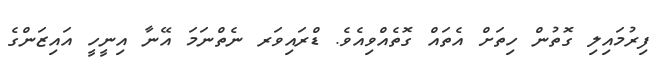
ފިރުމައިލި ގޮތުން ހިތަށް އެތައް ގޮތެއްވިއެވެ. ޑްރައިވަރ ނެތްނަމަ އޭނާ އިނީހީ އައިޒަންގެ